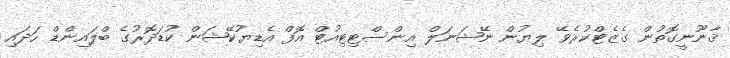
ޤާނޫނީގޮތުން ގެޒެޓްކުރެވޭ ލިޔުން ނޭޝަނަލް އިންސްޓިޓިއުޓް އޮފް އެޑިޔުކޭޝަން ކުޑަދޮރުގެ ބްލައިންޑް ހަދައި